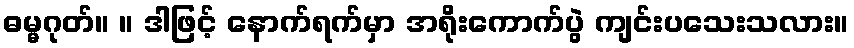
ဓမ္မဂုတ်။ ။ ဒါဖြင့် နောက်ရက်မှာ အရိုးကောက်ပွဲ ကျင်းပသေးသလား။